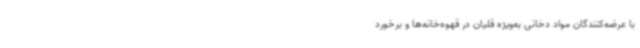
با عرضه‌کنندگان مواد دخانی به‌ویژه قلیان در قهوه‌خانه‌ها و برخورد